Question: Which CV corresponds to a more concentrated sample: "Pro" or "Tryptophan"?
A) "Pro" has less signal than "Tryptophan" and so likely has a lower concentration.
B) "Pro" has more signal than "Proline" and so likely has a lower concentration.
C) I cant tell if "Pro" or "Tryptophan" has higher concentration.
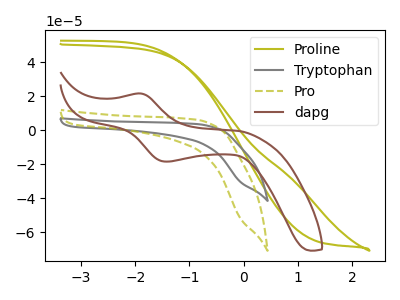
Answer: <think>The olive curve "Proline" has no peaks. The gray curve "Tryptophan" has no peaks. The olive dashed curve "Pro" has no peaks. The brown curve "dapg" has an anodic peak at (-1.90V, 21.55uA) and a cathodic peak at (-1.40V, -18.50uA).
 Neither "Pro" or "Tryptophan" have any peaks.</think>
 <answer>C) I cant tell if "Pro" or "Tryptophan" has higher concentration.</answer>
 <eval>C</eval>